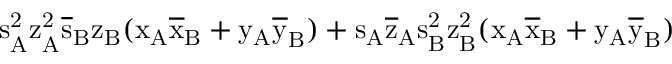
\mathrm { s _ { A } ^ { 2 } \mathrm { z _ { A } ^ { 2 } \mathrm { \overline { { s } } _ { B } \mathrm { z _ { B } ( \mathrm { x _ { A } \mathrm { \overline { { x } } _ { B } + \mathrm { y _ { A } \mathrm { \overline { { y } } _ { B } ) + \mathrm { s _ { A } \mathrm { \overline { { z } } _ { A } \mathrm { s _ { B } ^ { 2 } \mathrm { z _ { B } ^ { 2 } ( \mathrm { x _ { A } \mathrm { \overline { { x } } _ { B } + \mathrm { y _ { A } \mathrm { \overline { { y } } _ { B } ) } } } } } } } } } } } } } } } }